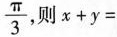
\frac{\pi}{3}则$$x+y=$$